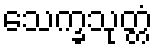
သေက္ခသုတ္တံ